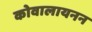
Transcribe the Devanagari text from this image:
कोवालायनन